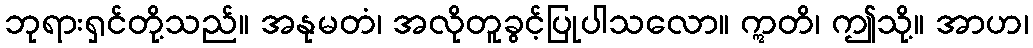
ဘုရားရှင်တို့သည်။ အနုမတံ၊ အလိုတူခွင့်ပြုပါသလော။ ဣတိ၊ ဤသို့။ အာဟ၊